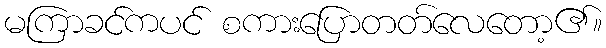
မကြာခင်ကပင် စကားပြောတတ်လေတော့၏။